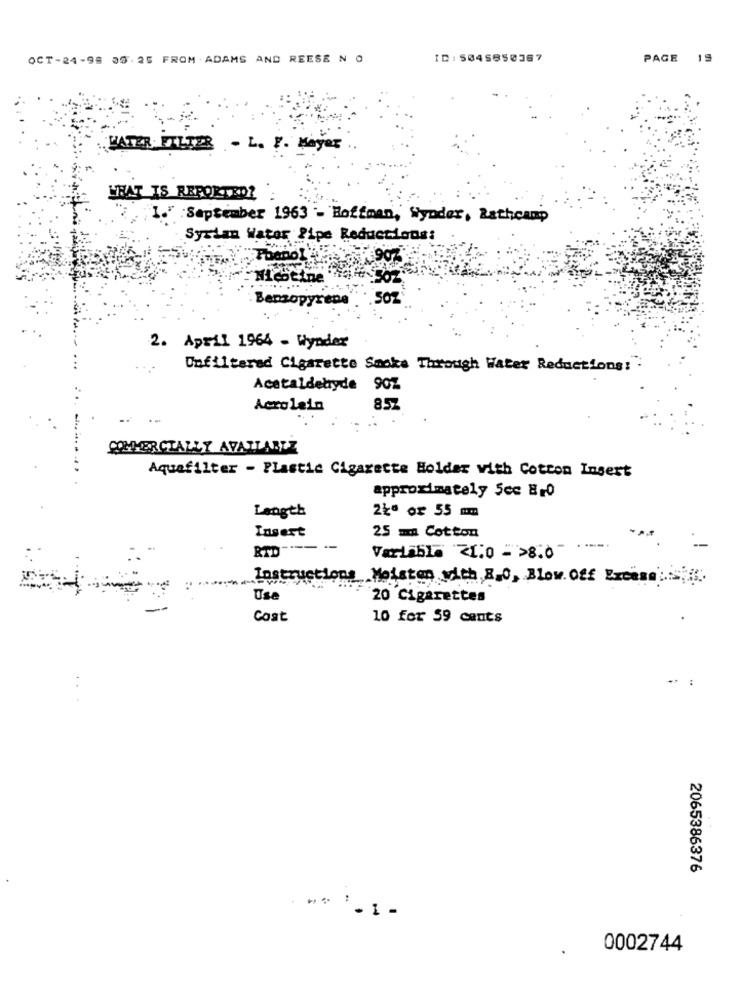
OCT-24-98 35 25 FROM ADAMS AND REESE N O
ID: 5045850367
PAGE
19
WATER FILTER - L. F. Mayer
WHAT IS REPORTEDZ
I." :September 1963 - Hoffman, Wyoder, Rathcamp
Syrian Water Pipe Reductions:
Nicotine
Benzopyrene
,50
2. April 1964 - Wynder
Unfiltered Cigarette Smoke Through Water Reductions! :
Acetaldehyde 90%
Acrolein
8.57
COMMERCIALLY AVAILABLE
Aquafilter - Plastic Cigarette Holder with Cotton Insert
approximately 5cc E10
Length
2Łª or 55 mm
Insert
25 mm Cotton
RTD ----.
-...
Variable 21:0 - 28.0
Instructions Meisten with RO, Blow Off Ercaso 4.
Use
20 Cigarettes
Cost
10 for 59 cents
2065386376
- 1 -
0002744